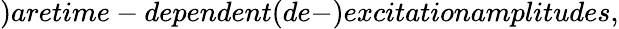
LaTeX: )aretime-dependent(de-)excitationamplitudes,